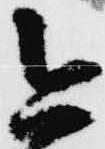
今